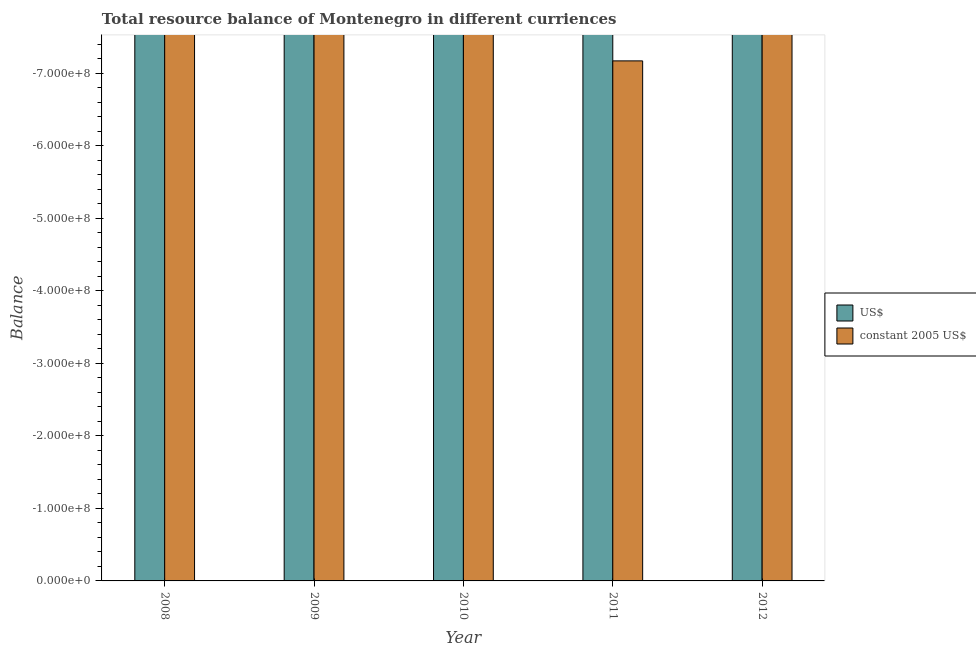
| Year | US$ | constant 2005 US$ |
 | --- | --- | --- |
 | 2008 | -2.46e+09 | -1.68e+09 |
 | 2009 | -1.38e+09 | -9.93e+08 |
 | 2010 | -1.06e+09 | -8.03e+08 |
 | 2011 | -9.97e+08 | -7.17e+08 |
 | 2012 | -9.98e+08 | -7.77e+08 |